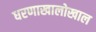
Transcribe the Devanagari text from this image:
धरणाखालोखाल